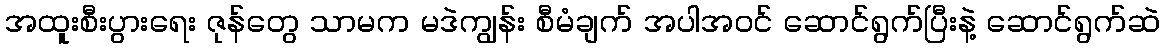
အထူးစီးပွားရေး ဇုန်တွေ သာမက မဒဲကျွန်း စီမံချက် အပါအဝင် ဆောင်ရွက်ပြီးနဲ့ ဆောင်ရွက်ဆဲ